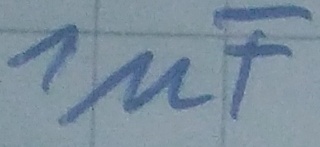
Text: 1µF